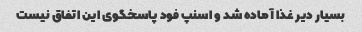
بسیار دیر غذا آماده شد و اسنپ فود پاسخگوی این اتفاق نیست